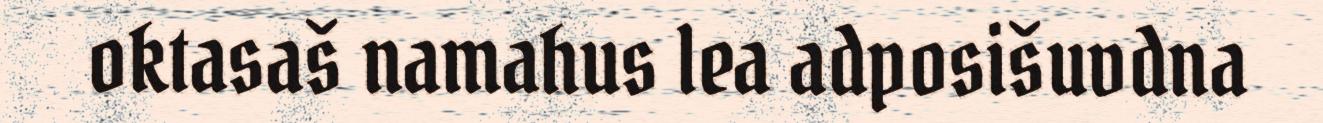
oktasaš namahus lea adposišuvdna